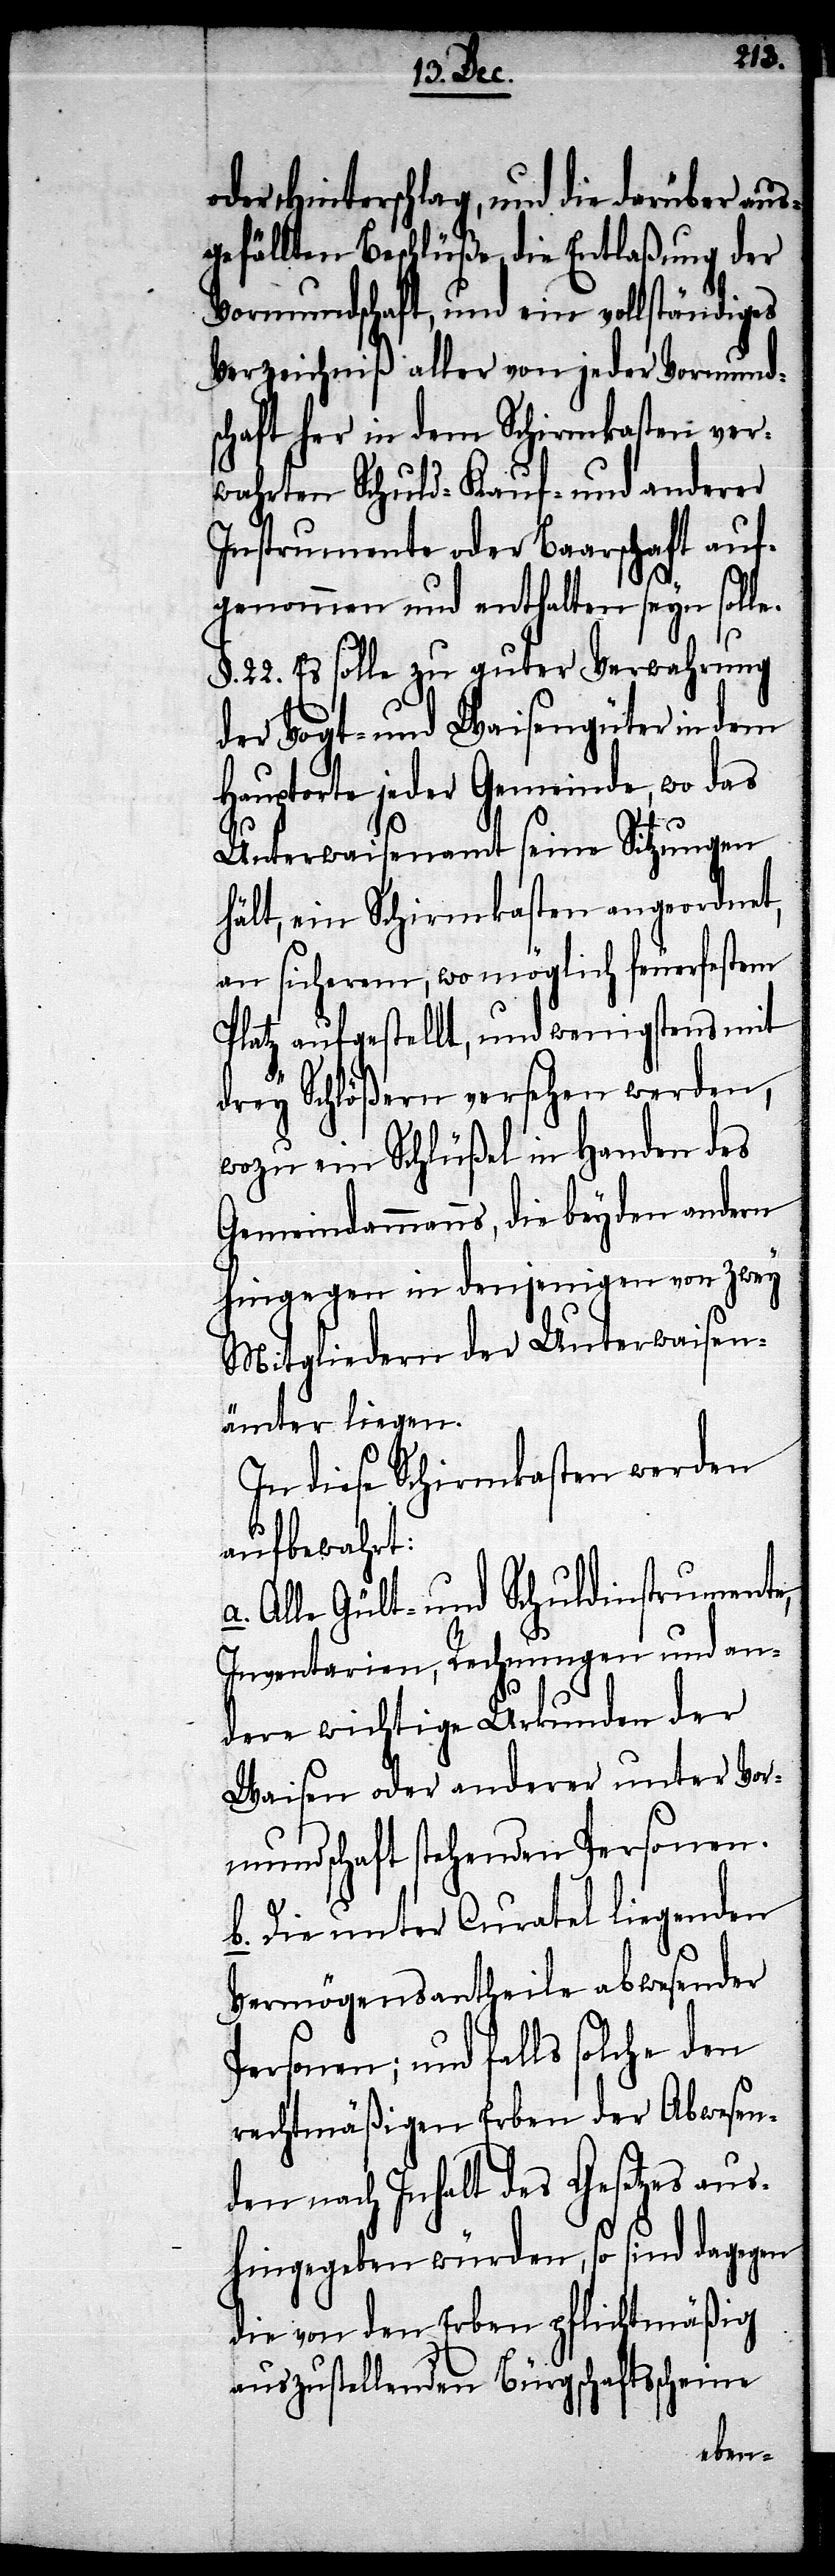
oder Hinterschlag, und die darüber aus¬
gefällten Beschlüße die Entlaßung der
Vormundschaft, und ein vollständiges
Verzeichniß aller von jeder Vormund¬
schaft her in dem Schirmkasten ver¬
wahrten Schuld- Kauf- und anderer
Instrumente oder Baarschaft auf¬
genommen und enthalten seyn solle.
§. 22. Es solle zu guter Verwahrung
der Vogt- und Waisengüter in dem
Hauptorte jeder Gemeinde, wo das
Unterwaisenamt seine Sitzungen
hält, ein Schirmkasten angeordnet,
an sicherem, wo möglich feuerfestem
Platz aufgestellt, und wenigstens mit
drey Schlößern versehen werden,
wozu ein Schlüßel in Handen des
Gemeindammanns, die beyden andern
hingegen in denjenigen von zwey
Mitgliedern der Unterwaisen¬
ämter liegen.
In diese Schirmkasten werden
aufbewahrt:
Alle Gült- und Schuldinstrumente,
Inventarien, Rechnungen und an¬
dere wichtige Urkunden der
Waisen oder anderer unter Vor¬
mundschaft stehender Personen.
b. Die unter Curatel liegenden
Vermögensantheile abwesender
Personen; und falls solche den
rechtmäßigen Erben der Abwesen¬
den nach Inhalt des Gesetzes aus¬
hingegeben würden, so sind dagegen
die von den Erben pflichtmäßig
auszustellenden Bürgschaftsscheine